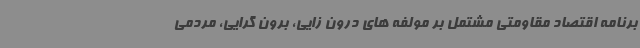
برنامه اقتصاد مقاومتی مشتمل بر مولفه های درون زایی، برون گرایی، مردمی